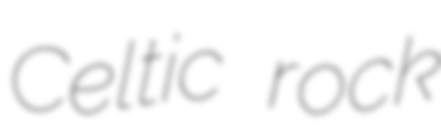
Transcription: Celtic rock